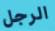
الرجل